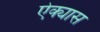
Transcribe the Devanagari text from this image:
ऐक्यास